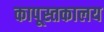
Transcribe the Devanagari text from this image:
कापूस्तकालय